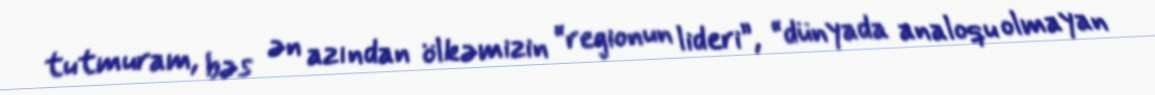
tutmuram, bəs ən azından ölkəmizin “regionun lideri”, “dünyada analoqu olmayan